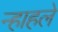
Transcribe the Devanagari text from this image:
न्हाहले